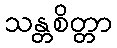
သန္တစိတ္တာ